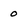
Character: 0